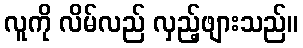
လူကို လိမ်လည် လှည့်ဖျားသည်။